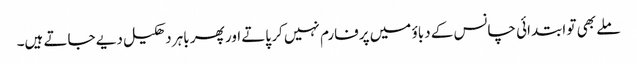
ملے بھی تو ابتدائی چانس کے دباؤ میں پرفارم نہیں کر پاتے اور پھر باہر دھکیل دیے جاتے ہیں۔